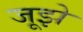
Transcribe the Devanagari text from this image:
जूझे